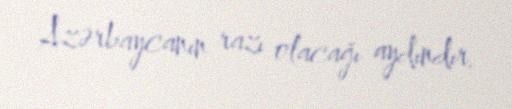
Azərbaycanın razı olacağı aydındır.